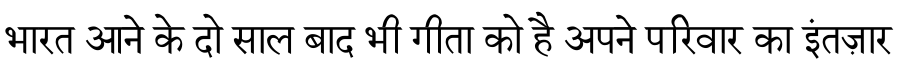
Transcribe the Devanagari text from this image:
भारत आने के दो साल बाद भी गीता को है अपने परिवार का इंतज़ार